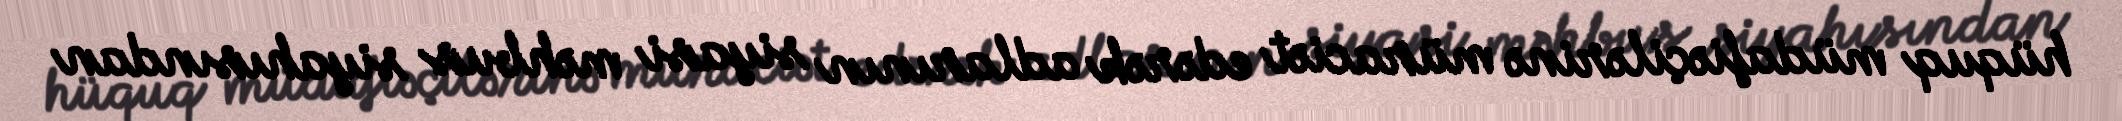
hüquq müdafiəçilərinə müraciət edərək adlarının siyasi məhbus siyahısından